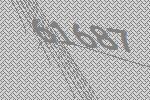
61687